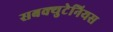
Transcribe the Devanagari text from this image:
सबक्युटेनियस